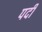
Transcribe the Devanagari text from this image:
पर्दी